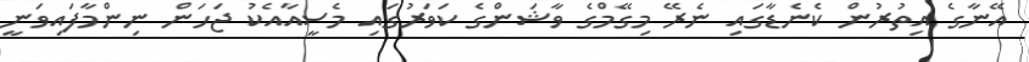
އޭނާގެ އިތުރުން ކެނެޑާގައި ނެރޭ މިގޭމްގެ ވާޝަންގެ ކަވަރުގައި މެސީއާއެކު ޖަހަން ނިންމާފައިވަނީ